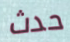
حدث